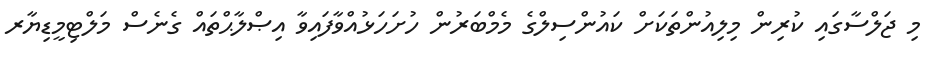
މި ޖަލްސާގައި ކުރިން މިލިއުންތަކަށް ކައުންސިލްގެ މެމްބަރުން ހުށަހަޅުއްވާފައިވާ އިޞްލާޙްތައް ގެނެސް މަލްޓިމީޑިޔާރ